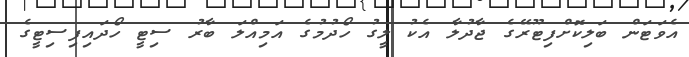
އެވަޓަން ބަލިކޮށްފިޓޫރޭގެ ޖާދުލާ އެކު ލީގު ހޯދުމުގެ އަމިއްލަ ބާރު ސިޓީ ހޯދައިފިސިޓީގެ